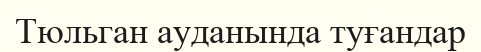
Тюльган ауданында туғандар